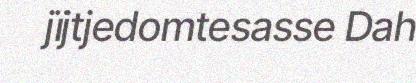
jïjtjedomtesasse Dah